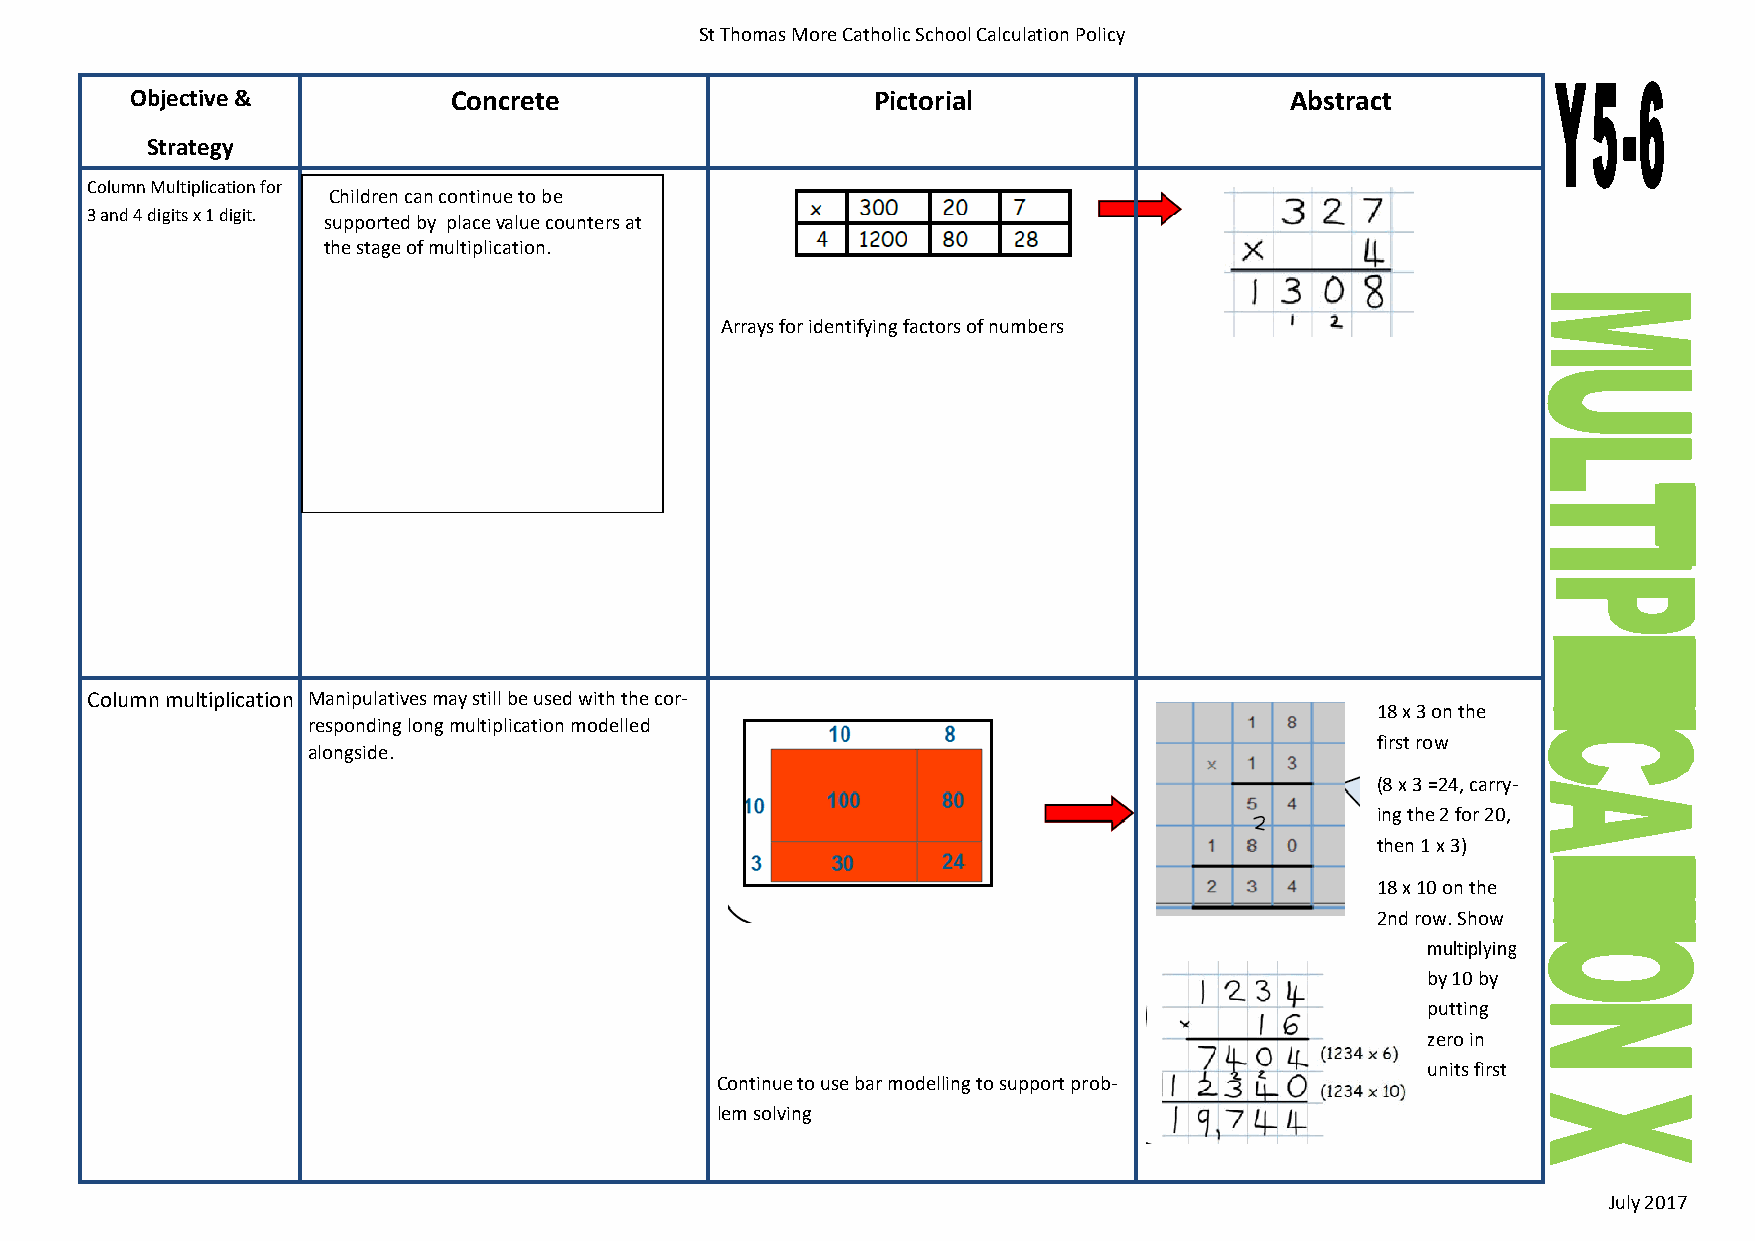
St Thomas More Catholic School Calculation Policy
 Objective &          Concrete                    Pictorial                  Abstract
 Strategy
 Column Multiplication for
 Children can continue to be
 3 and 4 digits x 1 digit.
 supported by place value counters at
 the stage of multiplication.
 Arrays for identifying factors of numbers
 Column multiplication Manipulatives may still be used with the cor-
 responding long multiplication modelled
 18 x 3 on the
 first row
 alongside.
 (8 x 3 =24, carry-
 ing the 2 for 20,
 then 1 x 3)
 18 x 10 on the
 2nd row. Show
 multiplying
 by 10 by
 putting
 zero in
 units first
 Continue to use bar modelling to support prob-
 lem solving
 July 2017